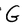
Character: G